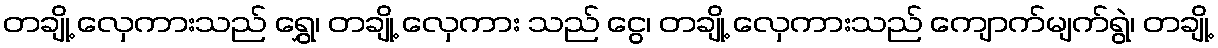
တချို့ လှေကားသည် ရွှေ၊ တချို့ လှေကား သည် ငွေ၊ တချို့ လှေကားသည် ကျောက်မျက်ရွဲ၊ တချို့